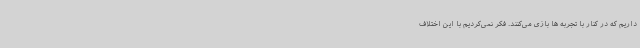
داریم که در کنار با تجربه ها بازی می‌کنند. فکر نمی‌کردیم با این اختلاف